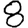
Digit: 8